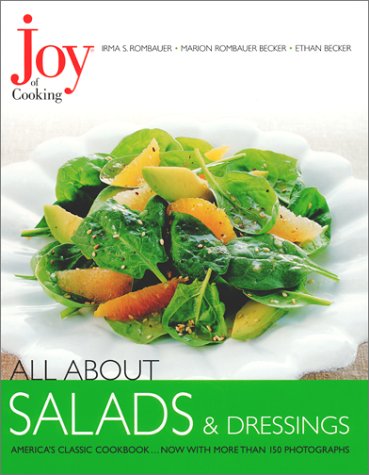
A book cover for Joy of Cooking: All About Salads & Dressings; Irma S. Rombauer; Cookbooks, Food & Wine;